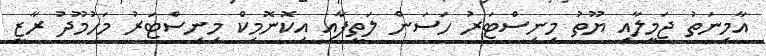
އާމިނަތު ޖަމީލާއި ޔޫތު މިނިސްޓަރު ހަސަން ލަތީފާއި އިކޮނޮމިކް މިނިސްޓަރު މަހުމޫދު ރާޒީ